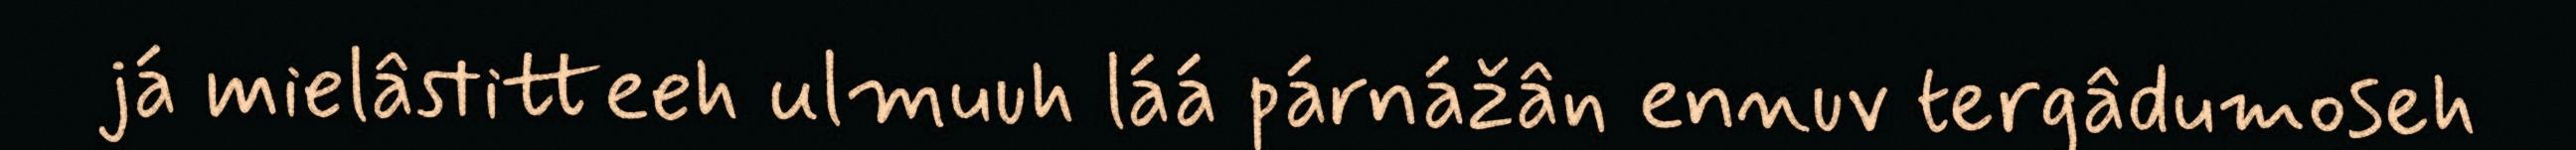
já mielâstitteeh ulmuuh láá párnážân ennuv tergâdumoseh